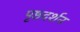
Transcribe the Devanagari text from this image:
पृष्ठदर्शन